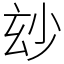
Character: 玅